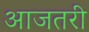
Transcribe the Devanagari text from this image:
आजतरी